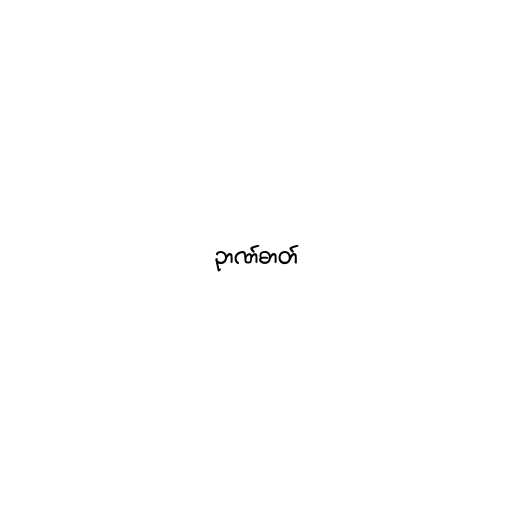
ဉာဏ်ဓာတ်